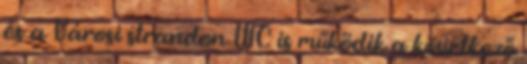
és a Városi strandon WC is működik a következő